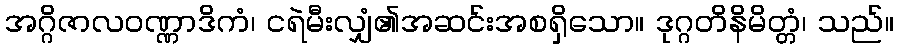
အဂ္ဂိဇာလဝဏ္ဏာဒိကံ၊ ငရဲမီးလျှံ၏အဆင်းအစရှိသော။ ဒုဂ္ဂတိနိမိတ္တံ၊ သည်။